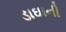
ડાઘાની